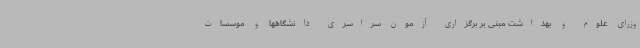
وزرای علوم و بهداشت مبنی بر برگزاری آزمون سراسری دانشگاهها و موسسات